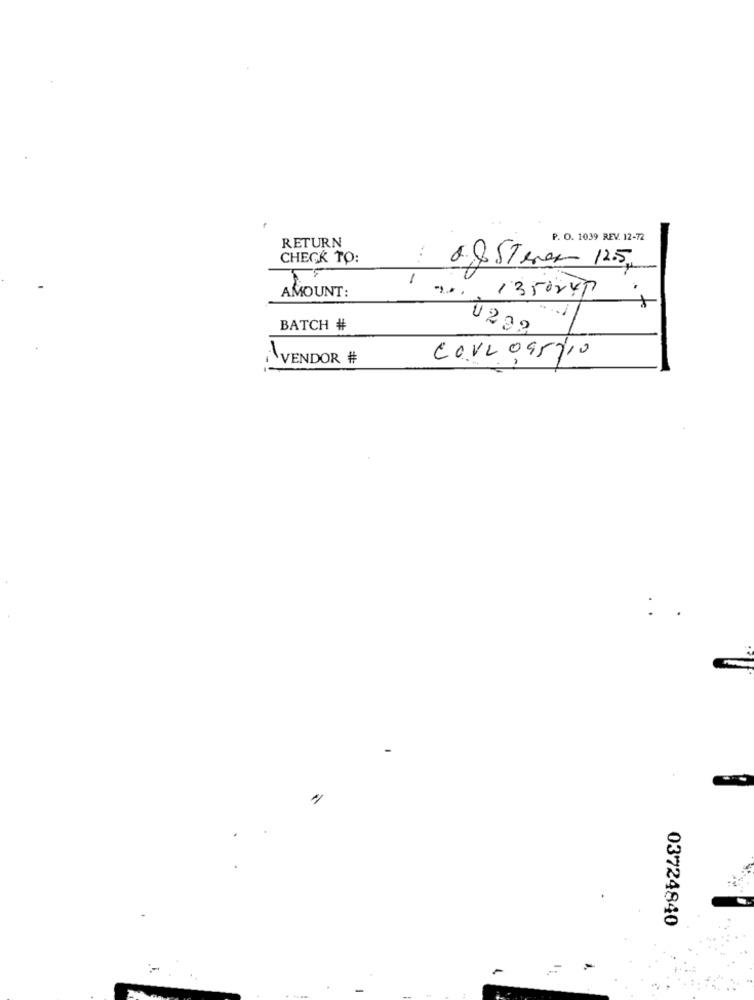
P. O. 1039 REV. 12-72
RETURN
CHECK TO:
:
8.4 STever 12.5
1
... 13 50247
AMOUNT:
BATCH #
1239
VENDOR #
COVL 095710
03724840